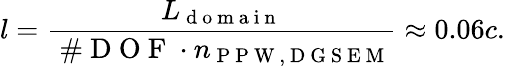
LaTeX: l=\frac{L_{\mathrm{~d~o~m~a~i~n~}}}{\mathrm{~\# ~D~O~F~}\cdot n_{\mathrm{~P~P~W~,~D~G~S~E~M~}}}\approx 0.06c.